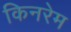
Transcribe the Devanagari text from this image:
किनरेम